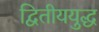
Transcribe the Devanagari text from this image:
द्वितीययुद्ध